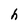
Character: h